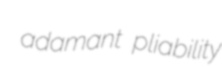
adamant pliability